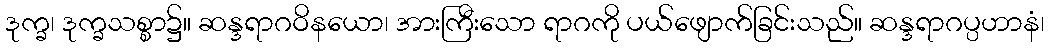
ဒုက္ခ၊ ဒုက္ခသစ္စာ၌။ ဆန္ဒရာဂဝိနယော၊ အားကြီးသော ရာဂကို ပယ်ဖျောက်ခြင်းသည်။ ဆန္ဒရာဂပ္ပဟာနံ၊